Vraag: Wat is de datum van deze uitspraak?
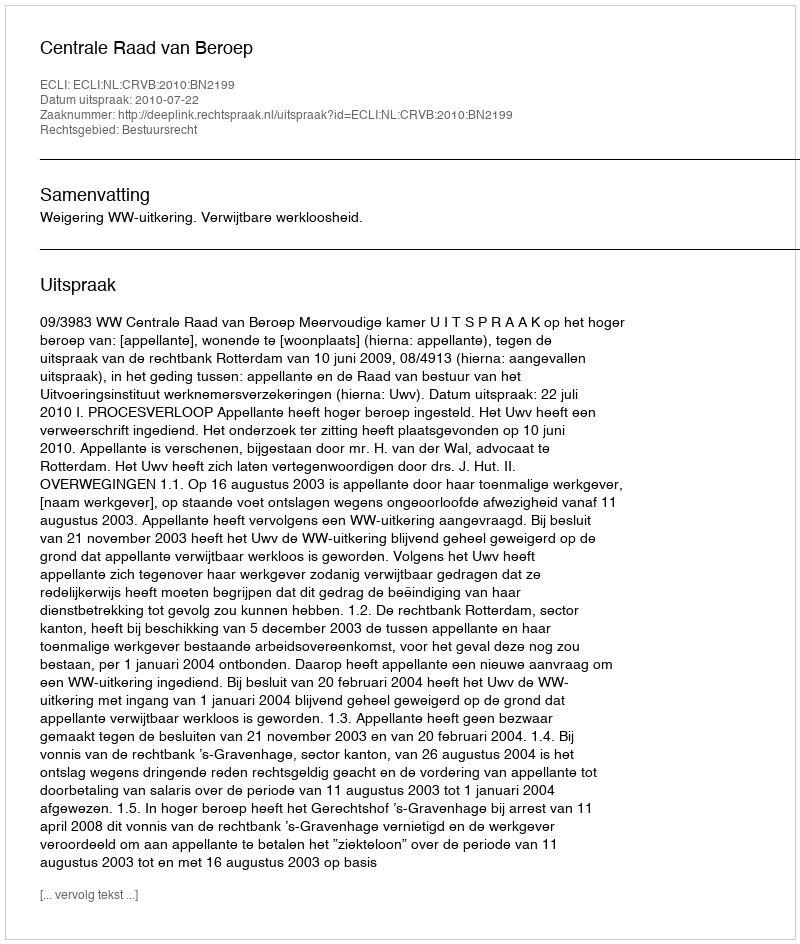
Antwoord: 2010-07-22